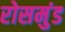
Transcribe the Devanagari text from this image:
रोसमुंड